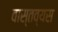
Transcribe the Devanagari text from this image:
वास्तव्यस